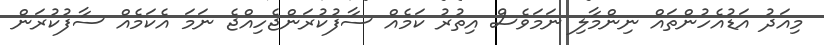
މިއަދު އަޑުއެހުންތައް ނިންމާލި ނަމަވެސް އިތުރު ކަމެއް ސާފުކުރަންޖެހިއްޖެ ނަމަ އެކަމެއް ސާފުކުރަން